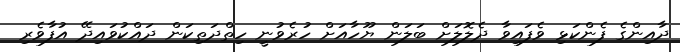
ދާއިންގެ ފެންކަޅި ވެފައިވާ ދެލޮލަށް ބަލަން ޔޫހާއަށް ހުރެވުނީ ހިތްދަތިކަން ދައްކުވައިދޭ އުފާވެރި